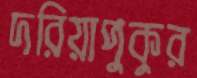
দরিয়াপুকুর